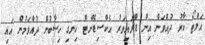
އަލްޓޯ ކާރު ދުއްވަން އިން ޑްރައިވަރު އެކްސިޑެންޓް ހިނގި ހިސާބުން ދުއްވަމުން އައި